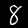
Digit: 8